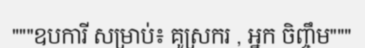
"""ឧបការី សម្រាប់៖ គូស្រករ , អ្នក ចិញ្ចឹម"""